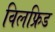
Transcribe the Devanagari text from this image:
विलफ्रिड